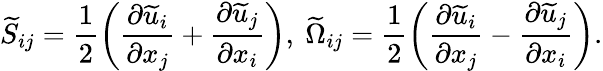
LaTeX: {\widetilde{S}}_{ij}=\frac{1}{2}\left({\frac{\partial{\widetilde{u}}_{i}}{\partial x_{j}}+\frac{\partial{\widetilde{u}}_{j}}{\partial x_{i}}}\right),~{\widetilde{\Omega}}_{ij}=\frac{1}{2}\left({\frac{\partial{\widetilde{u}}_{i}}{\partial x_{j}}-\frac{\partial{\widetilde{u}}_{j}}{\partial x_{i}}}\right).